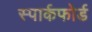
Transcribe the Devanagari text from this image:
स्पार्कफोर्ड